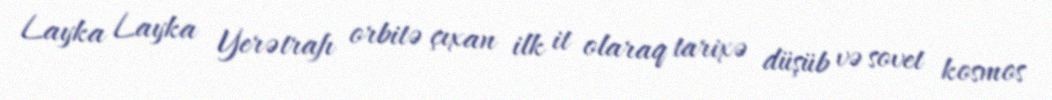
Layka Layka Yerətrafı orbitə çıxan ilk it olaraq tarixə düşüb və sovet kosmos